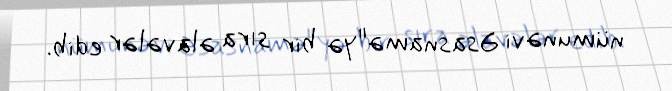
nümunəvi Əsasnamə"yə bir sıra əlavələr edib.